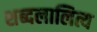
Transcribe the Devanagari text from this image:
शब्दलालित्य